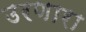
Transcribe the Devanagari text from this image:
उरणारा